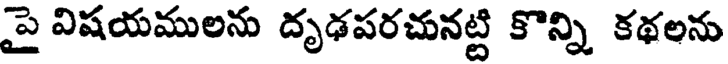
పై విషయములను దృఢపరచునట్టి కొన్ని కథలను